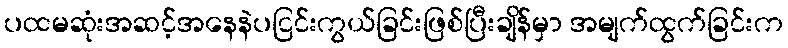
ပထမဆုံးအဆင့်အနေနဲပငြင်းကွယ်ခြင်းဖြစ်ပြီးချိန်မှာ အမျက်ထွက်ခြင်းက